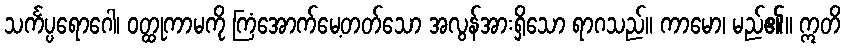
သင်္ကပ္ပရောဂေါ၊ ဝတ္ထုကာမကို ကြံအောက်မေ့တတ်သော အလွန်အားရှိသော ရာဂသည်။ ကာမော၊ မည်၏။ ဣတိ